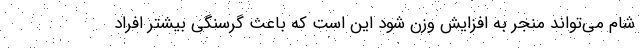
شام می‌تواند منجر به افزایش وزن شود این است که باعث گرسنگی بیشتر افراد